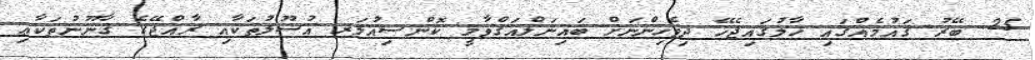
25. ބޭރު ޤައުމެއްގައި ހާލުގައިޖެހޭ ދިވެހިންނަށް ބައިނަލްއަޤްވާމީ ކޮންސިއުލަރ އުސޫލުތަކާއި ރާއްޖޭގެ ޤާނޫނުތަކާޢި